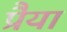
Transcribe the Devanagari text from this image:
प्रैया